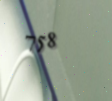
758